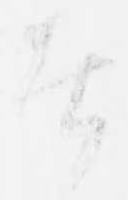
者